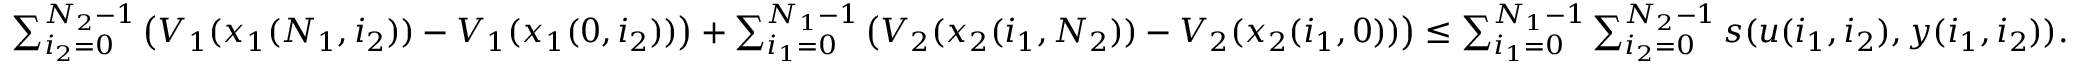
\begin{array} { r } { \sum _ { i _ { 2 } = 0 } ^ { N _ { 2 } - 1 } \left( V _ { 1 } ( x _ { 1 } ( N _ { 1 } , i _ { 2 } ) ) - V _ { 1 } ( x _ { 1 } ( 0 , i _ { 2 } ) ) \right) + \sum _ { i _ { 1 } = 0 } ^ { N _ { 1 } - 1 } \left( V _ { 2 } ( x _ { 2 } ( i _ { 1 } , N _ { 2 } ) ) - V _ { 2 } ( x _ { 2 } ( i _ { 1 } , 0 ) ) \right) \leq \sum _ { i _ { 1 } = 0 } ^ { N _ { 1 } - 1 } \sum _ { i _ { 2 } = 0 } ^ { N _ { 2 } - 1 } s ( u ( i _ { 1 } , i _ { 2 } ) , y ( i _ { 1 } , i _ { 2 } ) ) . } \end{array}